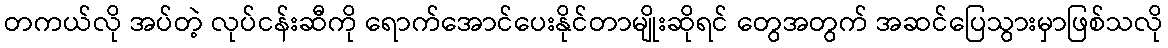
တကယ်လို အပ်တဲ့ လုပ်ငန်းဆီကို ရောက်အောင်ပေးနိုင်တာမျိုးဆိုရင် တွေအတွက် အဆင်ပြေသွားမှာဖြစ်သလို